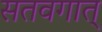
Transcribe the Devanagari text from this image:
सतवगात्